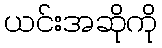
ယင်းအဆိုကို